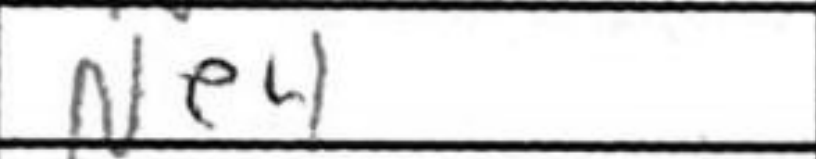
Transcription: Ne4